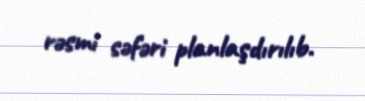
rəsmi səfəri planlaşdırılıb.